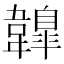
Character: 𩏤